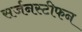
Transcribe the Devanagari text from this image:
सर्जनस्टीफन